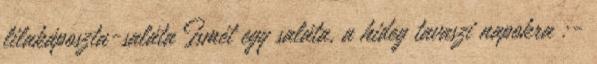
lilakáposzta-saláta Ismét egy saláta, a hideg tavaszi napokra :-